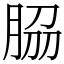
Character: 𦚰